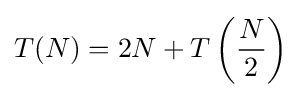
T(N)=2N+T\left({\frac {N}{2}}\right)